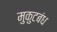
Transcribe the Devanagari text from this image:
मुकुटबंध